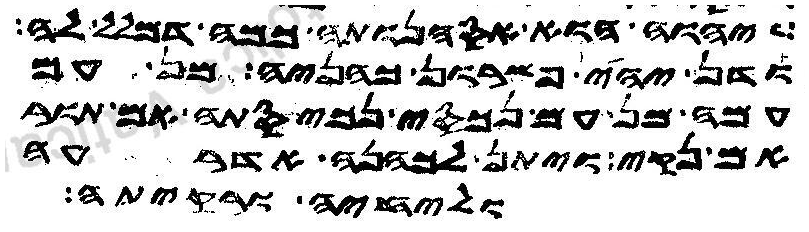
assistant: יהוה הוא אסהנותה כמה דמלל לה
ודן יהי פשרון כהניה מן עם
עמה מן עם נכסי נכיסתה אם תור
אם נקי ויתן לכהנה אדרעה
וליחיה ורקיתה